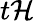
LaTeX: t\mathcal{H}